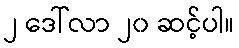
၂ ဒေါ်လာ ၂၀ ဆင့်ပါ။